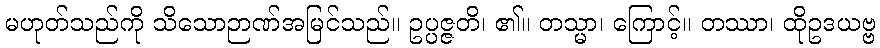
မဟုတ်သည်ကို သိသောဉာဏ်အမြင်သည်။ ဥပ္ပဇ္ဇတိ၊ ၏။ တသ္မာ၊ ကြောင့်။ တဿာ၊ ထိုဥဒယဗ္ဗ